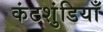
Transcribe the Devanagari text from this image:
कंटशुंडियाँ